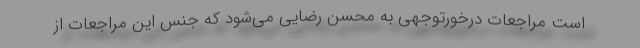
است مراجعات درخور‌‌توجهی به محسن رضایی می‌شود که جنس این مراجعات از